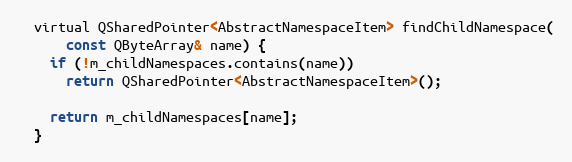
Language: C
  virtual QSharedPointer<AbstractNamespaceItem> findChildNamespace(
      const QByteArray& name) {
    if (!m_childNamespaces.contains(name))
      return QSharedPointer<AbstractNamespaceItem>();

    return m_childNamespaces[name];
  }